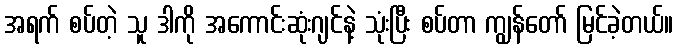
အရက် စပ်တဲ့ သူ ဒါကို အကောင်းဆုံးဂျင်နဲ့ သုံးပြီး စပ်တာ ကျွန်တော် မြင်ခဲ့တယ်။